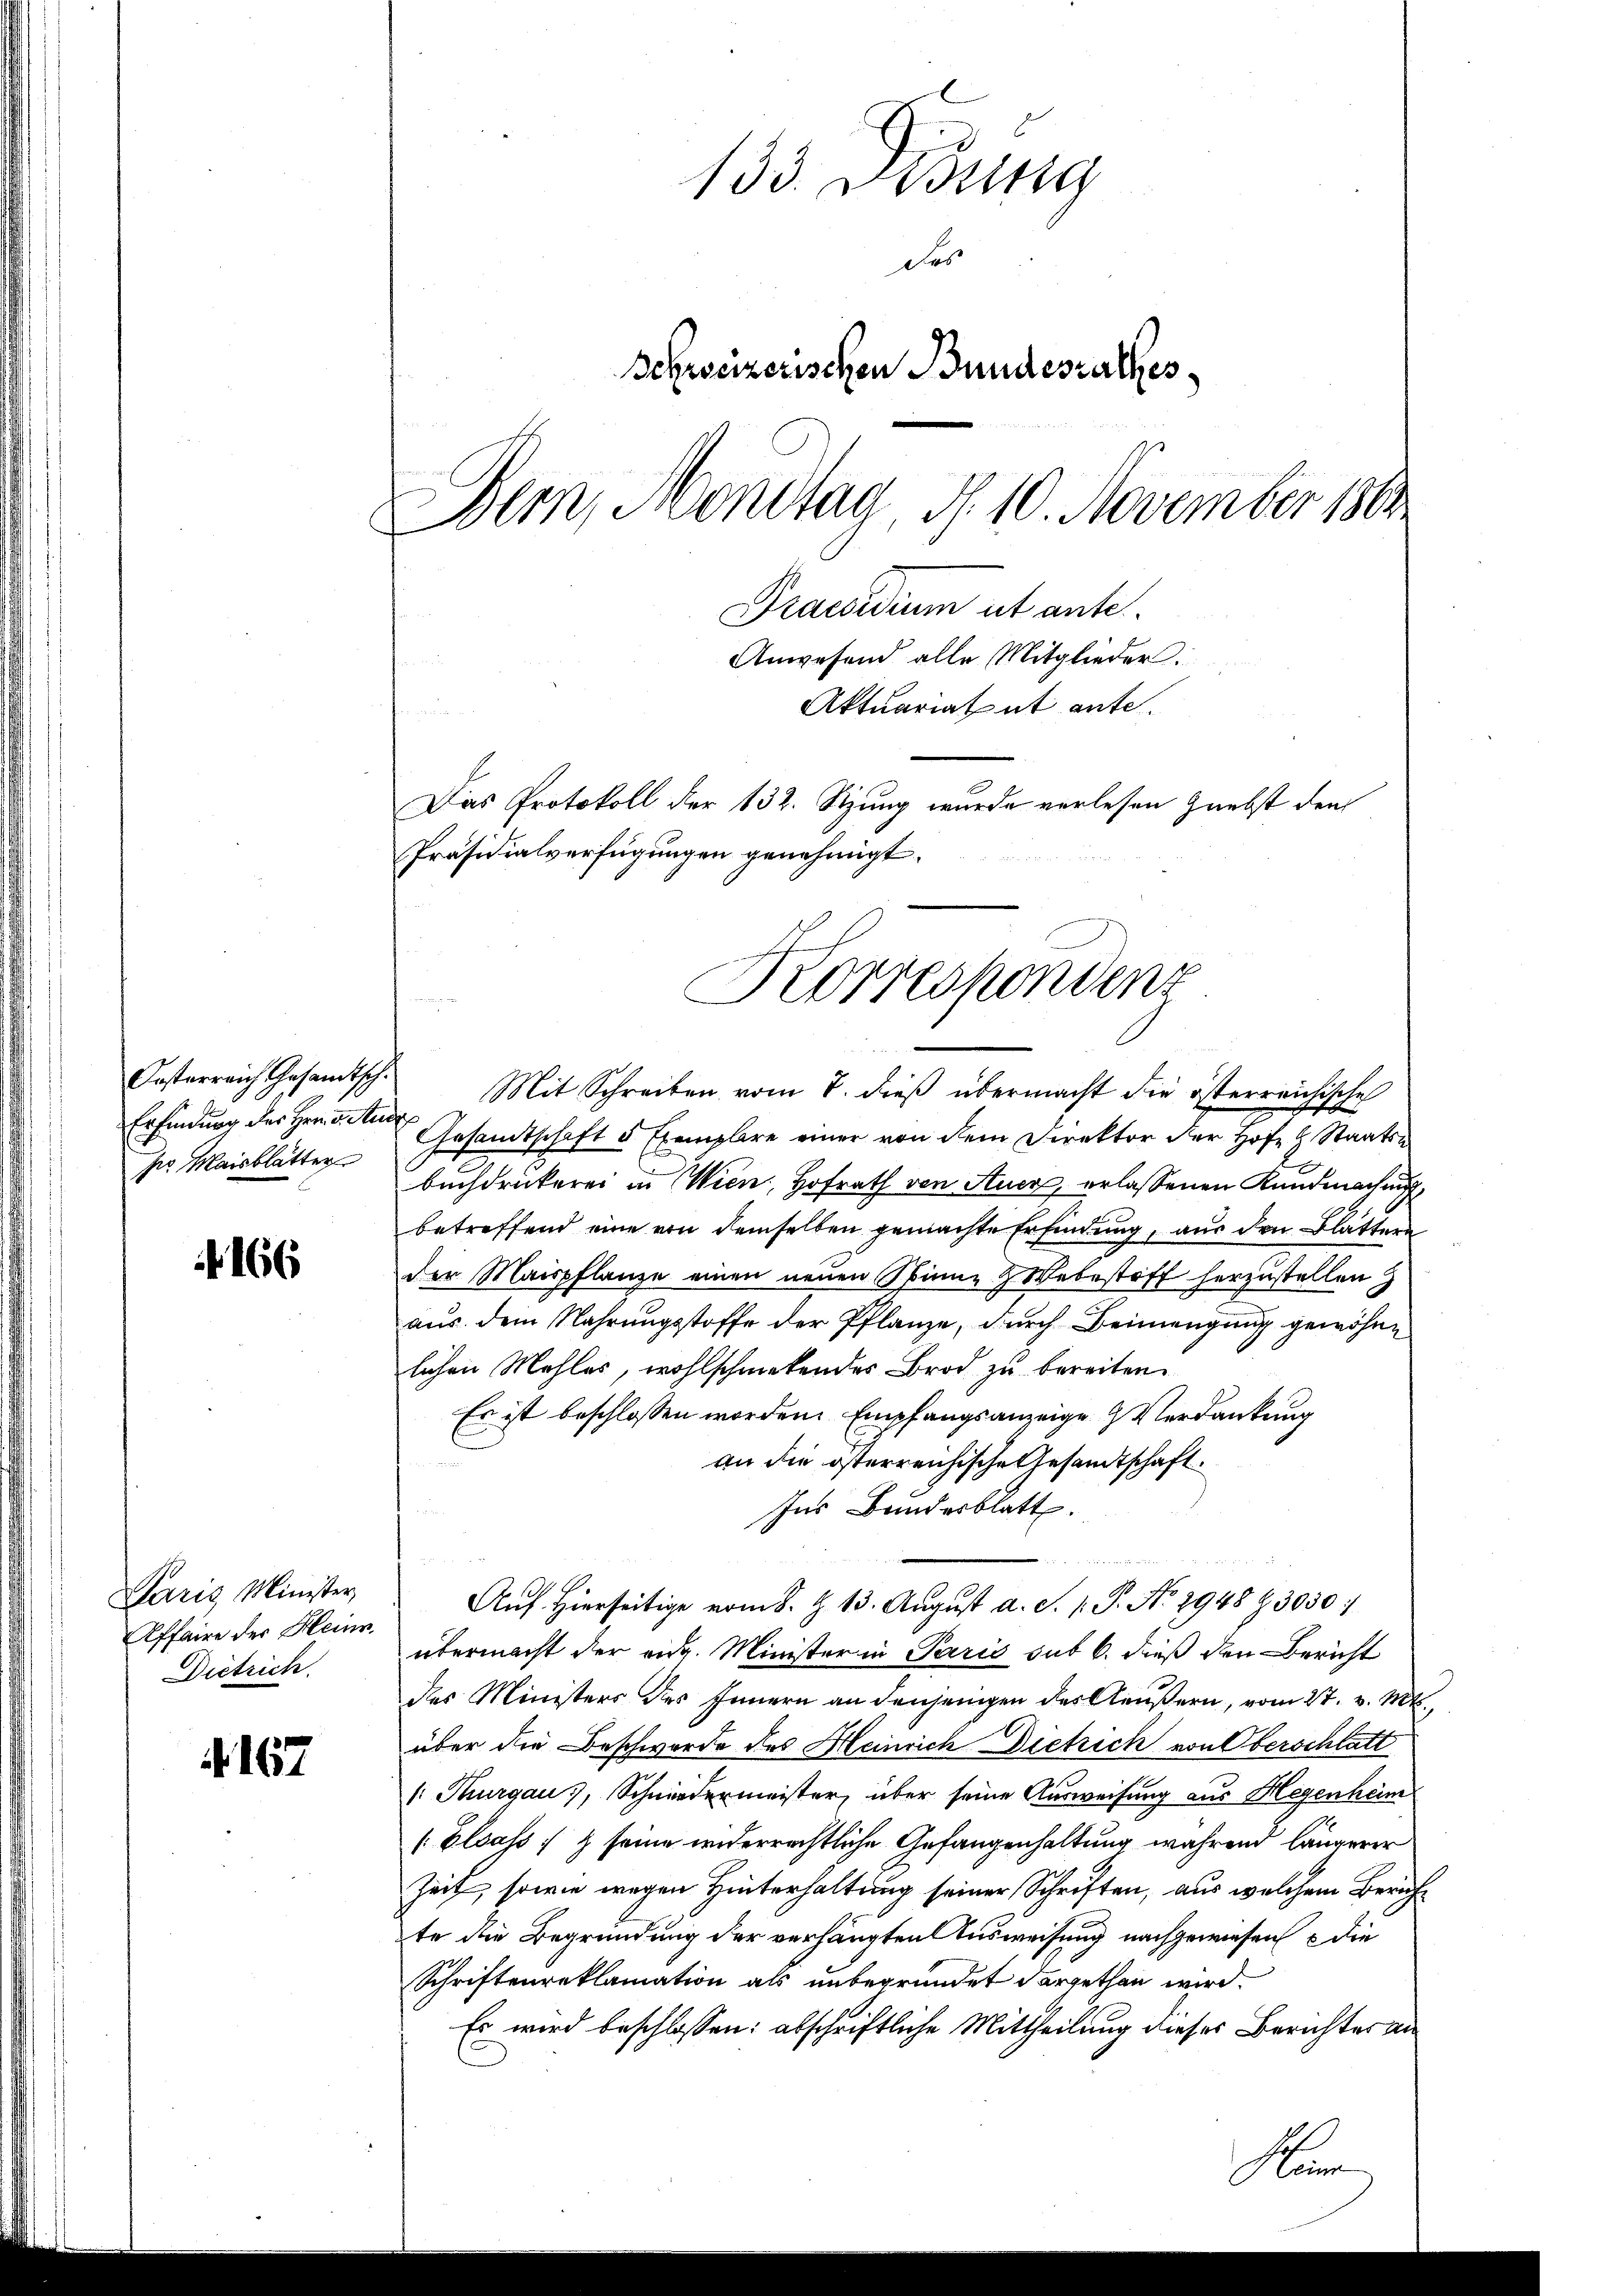
166

Paris Minister
Affaire der Hein
Dietrich.

. 167.

133. Disung
Das
Schweizerischen Bundesrathes
Bern, Mondtag, d. 10. November 1864
Praesidium ut ante
Anwesend alle Mitglieder
Aktuariat ut ante.
Das Protokoll der 152. Sitzung wurde verlesen nebst den
Präsidialverfügungen genehmigt.

Oesterreich Gesamtsch.
Erfindung des Herrn v. Andr
pr. Maisblätter

Mit Schreiben vom 7. dieß übermacht die österreichische
Gesamtschaft 5 Exemplare einer von dem Direktor der Hofe h Staatsa
Buchdruckerei in Wien, Hofrath von Auer, erlassenen Kundmachung,
betreffend eine von demselben gemachte Erfindung, aus den Blättere
der Maispflanze einen neuen Spinne & Webestoff herzustellen
aus dem Nahrungsstoffe der Pflanze, durch Beimengung gewöhnlichen Mehler, wohlschmeckendes Brod zu bereiten.
Es ist beschlossen worden. Empfangsanzeige Verdankung
an die österreichische Gesandtschaft
Ins Brindesblatt.
bi in
Auf Hierseitige vom 8. Z. 13. August d. S. 1. P. No 2948 Z 3030
übermacht der eng. Minister in Paris sub 6. dieß den Bericht
des Ministers des Innern an denjenigen des Aeußern, vom 27. v. M.,
über die Beschwerde des Heinrich Dietrich von Oberschlatt
1: Thurgau, Schniedermeister, über seine Ausweisung aus Hegenheim
[Elsass, & seine widerrechtliche Gefangenhaltung während längerer
Zeit, sowie wegen Hinterhaltung seiner Schriften, aus welchem Zürichte die Begründung der verhängten Ausweisung nachgewiesen u die
Schriftenreklamation als unbegründet dargethan wird.
Es wird beschlossen: abschriftliche Mittheilung dieses Berichtes an

Korrespondenz

Num